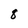
Character: 8